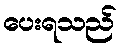
ပေးရသည်